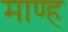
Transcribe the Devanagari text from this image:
माण्ह